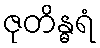
ဇုတိန္ဓရံ